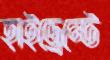
হাইড্রেন্টে